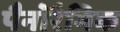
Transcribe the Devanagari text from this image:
पैनोरैमिक